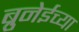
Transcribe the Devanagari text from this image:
ब्रुनेईच्या